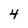
Character: 4